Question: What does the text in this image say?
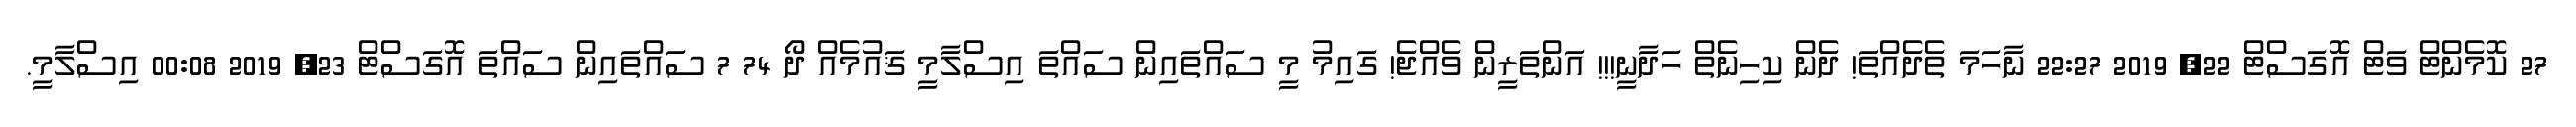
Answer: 27 ކޮމެންޓް ވަޓް އޮގަސްޓް 22, 2019 22:27 ނާހަމަ ތެދެއްތަ! ދެން ކިހިނެތް ހަދާނީ!!! އަންތަރީން ވެއްޖެ! ގައިމު މީ ސައްތައިން ސައްތަ އިސްލާމީ ޤައުމެއް ދޯ 74 7 ސައްތައިން ސައްތަ އޮގަސްޓް 23, 2019 00:08 އިސްލާމީ.